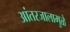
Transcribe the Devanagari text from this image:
आंतरजालामुळे